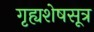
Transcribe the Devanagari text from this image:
गृह्यशेषसूत्र